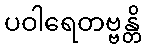
ပဝါရေတဗ္ဗန္တိ